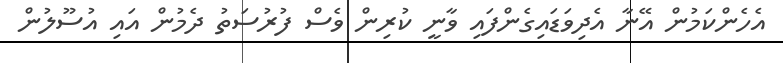
އެހެންކަމުން އޭނާ އެދިވަޑައިގެންފައި ވާނީ ކުރިން ވެސް ފުރުސަތު ދެމުން އައި އުސޫލުން